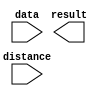
// megafunction wizard: %LPM_CLSHIFT%VBB%
// GENERATION: STANDARD
// VERSION: WM1.0
// MODULE: lpm_clshift 

// ============================================================
// Megafunction Name(s):
// 			lpm_clshift
//
// Simulation Library Files(s):
// 			
// ============================================================
// ************************************************************
// THIS IS A WIZARD-GENERATED FILE. DO NOT EDIT THIS FILE!
//
// 9.0 Build 132 02/25/2009 SJ Web Edition
// ************************************************************

//Copyright (C) 1991-2009 Altera Corporation
//Your use of Altera Corporation's design tools, logic functions 
//and other software and tools, and its AMPP partner logic 
//functions, and any output files from any of the foregoing 
//(including device programming or simulation files), and any 
//associated documentation or information are expressly subject 
//to the terms and conditions of the Altera Program License 
//Subscription Agreement, Altera MegaCore Function License 
//Agreement, or other applicable license agreement, including, 
//without limitation, that your use is for the sole purpose of 
//programming logic devices manufactured by Altera and sold by 
//Altera or its authorized distributors.  Please refer to the 
//applicable agreement for further details.

module rotate_left (
	data,
	distance,
	result);

	input	[31:0]  data;
	input	[4:0]  distance;
	output	[31:0]  result;

endmodule

// ============================================================
// CNX file retrieval info
// ============================================================
// Retrieval info: PRIVATE: INTENDED_DEVICE_FAMILY STRING "Stratix II"
// Retrieval info: PRIVATE: LPM_SHIFTTYPE NUMERIC "2"
// Retrieval info: PRIVATE: LPM_WIDTH NUMERIC "32"
// Retrieval info: PRIVATE: SYNTH_WRAPPER_GEN_POSTFIX STRING "0"
// Retrieval info: PRIVATE: lpm_width_varies NUMERIC "0"
// Retrieval info: PRIVATE: lpm_widthdist NUMERIC "5"
// Retrieval info: PRIVATE: lpm_widthdist_style NUMERIC "0"
// Retrieval info: PRIVATE: port_direction NUMERIC "0"
// Retrieval info: CONSTANT: LPM_SHIFTTYPE STRING "ROTATE"
// Retrieval info: CONSTANT: LPM_TYPE STRING "LPM_CLSHIFT"
// Retrieval info: CONSTANT: LPM_WIDTH NUMERIC "32"
// Retrieval info: CONSTANT: LPM_WIDTHDIST NUMERIC "5"
// Retrieval info: USED_PORT: data 0 0 32 0 INPUT NODEFVAL data[31..0]
// Retrieval info: USED_PORT: distance 0 0 5 0 INPUT NODEFVAL distance[4..0]
// Retrieval info: USED_PORT: result 0 0 32 0 OUTPUT NODEFVAL result[31..0]
// Retrieval info: CONNECT: @distance 0 0 5 0 distance 0 0 5 0
// Retrieval info: CONNECT: @data 0 0 32 0 data 0 0 32 0
// Retrieval info: CONNECT: result 0 0 32 0 @result 0 0 32 0
// Retrieval info: CONNECT: @direction 0 0 0 0 GND 0 0 0 0
// Retrieval info: LIBRARY: lpm lpm.lpm_components.all
// Retrieval info: GEN_FILE: TYPE_NORMAL rotate_left.v TRUE
// Retrieval info: GEN_FILE: TYPE_NORMAL rotate_left.inc TRUE
// Retrieval info: GEN_FILE: TYPE_NORMAL rotate_left.cmp FALSE
// Retrieval info: GEN_FILE: TYPE_NORMAL rotate_left.bsf TRUE FALSE
// Retrieval info: GEN_FILE: TYPE_NORMAL rotate_left_inst.v FALSE
// Retrieval info: GEN_FILE: TYPE_NORMAL rotate_left_bb.v TRUE